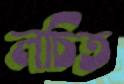
লচিত